Vaccination report Assam 1874-1896 - 1874-1896
Year: 1874
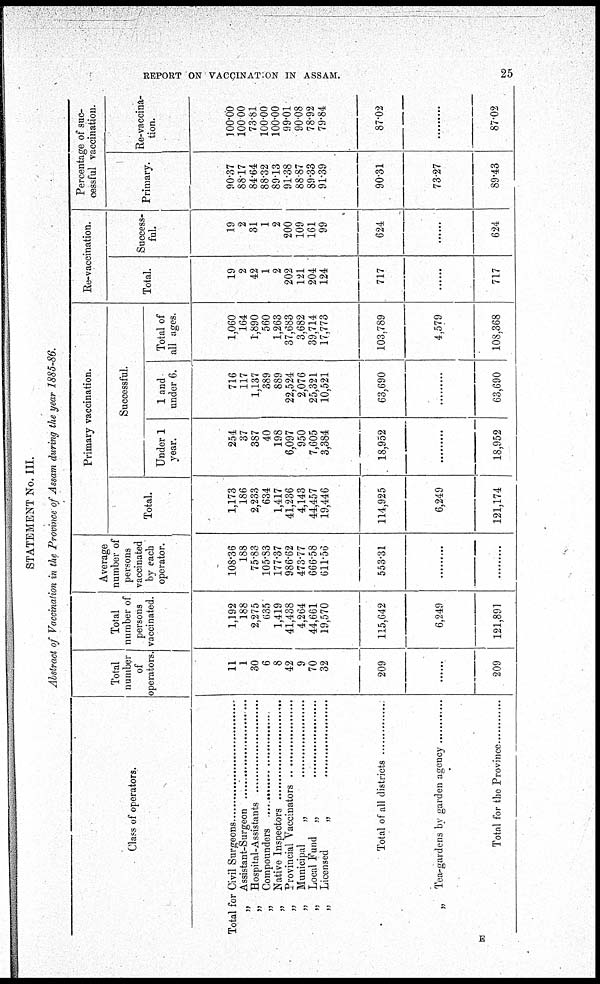
REPORT ON VACCINATION IN ASSAM.
25
STATEMENT No. III.
Abstract of Vaccination in the Province of Assam during the year 1885-86.
Class of operators.
Total for Civil Surgeons ..............................
„ Assistant-Surgeon .................................
„ Hospital-Assistants .................................
„ Compounders ..........................................
„ Native Inspectors ....................................
„ Provincial Vaccinators ...........................
„ Municipal „ .................................
„ Local Fund „ ..............................
„ Licensed „ ....................................
Total of all districts ........................
„ Tea-gardens by garden agency ...............
Total for the Province ........................
Total
number
of
operators.
11
1
30
6
8
42
9
70
32
209
......
209
Total
number of
persons
vaccinated.
1,192
188
2,275
635
1,419
41,438
4,264
44,661
19,570
115,642
6,249
121,891
Average
number of
persons
vaccinated
by each
operator.
108.36
188
75.83
105.83
177.37
986.62
473.77
666.58
611.56
553.31
......
......
Primary vaccination.
Total.
1,173
186
2,233
634
1,417
41,236
4,143
44,457
19,446
114,925
6,249
121,174
Successful.
Under 1
year.
254
37
387
40
198
6,097
950
7,605
3,384
18,952
......
18,952
1 and
under 6.
716
117
1,137
389
889
22,524
2,076
25,321
10,521
63,690
......
63,690
Total of
all ages.
1,060
164
1,890
560
1,263
37,683
3,682
39,714
17,773
103,789
4,579
108,368
Re-vaccination.
Total.
19
2
42
1
2
202
121
204
124
717
......
717
Success-
ful.
19
2
31
1
2
200
109
161
99
624
......
624
Percentage of suc-
cessful vaccination.
Primary.
90.37
88.17
84.64
88.32
89.13
91.38
88.87
89.33
91.39
90.31
73.27
89.43
Re-vaccina-
tion.
100.00
100.00
73.81
100.00
100.00
99.01
90.08
78.92
79.84
87.02
......
87.02
E